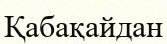
Қабақайдан